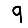
Digit: 9